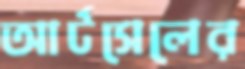
আর্টসেলের